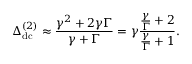
\Delta _ { \mathrm { d c } } ^ { ( 2 ) } \approx \frac { \gamma ^ { 2 } + 2 \gamma \Gamma } { \gamma + \Gamma } = \gamma \frac { \frac { \gamma } { \Gamma } + 2 } { \frac { \gamma } { \Gamma } + 1 } .